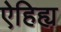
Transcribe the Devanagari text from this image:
ऐहिह्य